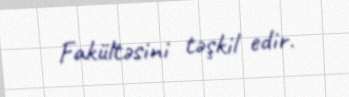
Fakültəsini təşkil edir.